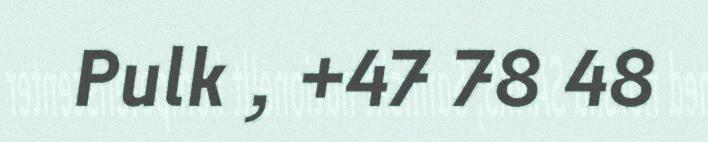
Pulk , +47 78 48